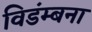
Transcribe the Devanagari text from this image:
विडंम्बना